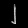
Digit: ၂